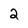
Character: 2